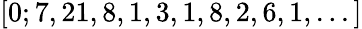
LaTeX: [0;7,21,8,1,3,1,8,2,6,1,...]